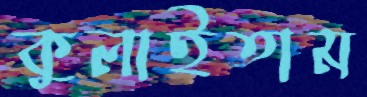
কুলাইতাম